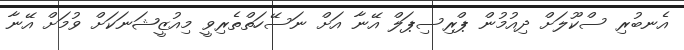
އެނބުރި ސްކޫލަށް ދިއުމުން ޕްރިސިޕަލް އޭނާ އަށް ނަސޭހަތްތެރިވީ މިއުޒީޝަނަކަށް ވުމަށް އޭނާ